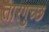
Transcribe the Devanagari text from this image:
तारगुच्छ